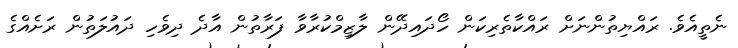
ނެތީއެވެ. ރައްޔިތުންނަށް ރައްކާތެރިކަން ހޯދައިދޭން ލާޒިމްކުރާވާ ފަރާތުން އާދެ ދިވެހި ދައުލަތުން ރަށެއްގެ